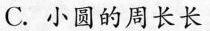
C.小圆的周长长